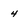
Character: 4